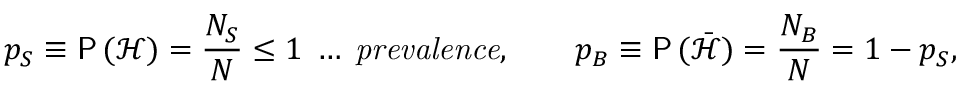
p _ { S } \equiv \mathsf { P } \, ( \mathcal { H } ) = \frac { N _ { S } } { N } \le 1 \; \ldots \; \mathit { p r e v a l e n c e } , \qquad p _ { B } \equiv \mathsf { P } \, ( \bar { \mathcal { H } } ) = \frac { N _ { B } } { N } = 1 - p _ { S } ,